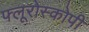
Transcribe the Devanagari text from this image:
फ्लूरोस्कोपी